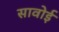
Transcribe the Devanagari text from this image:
सावोई